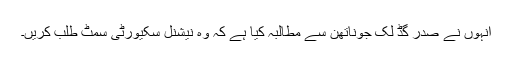
انہوں نے صدر گُڈ لَک جوناتھن سے مطالبہ کیا ہے کہ وہ نیشنل سکیورٹی سمٹ طلب کریں۔